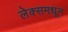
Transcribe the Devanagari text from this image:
लेक्समधून